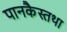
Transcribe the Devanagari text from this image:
पानकैस्तथा